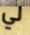
لي